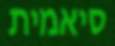
סיאמית